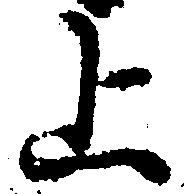
上